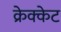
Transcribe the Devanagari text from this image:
क्रेक्केट